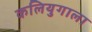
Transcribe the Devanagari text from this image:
कलियुगाला